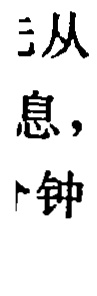
从息，钟